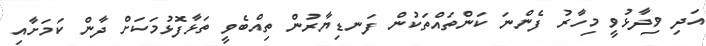
އަދި ވިދާޅުވީ މިހާރު ފެންނަ ކަންތައްތަކުން ފަނޑިޔާރުން ތިއްބެވީ ތަޅާފޮޅުމަކަށް ދާން ކަމަށާއި